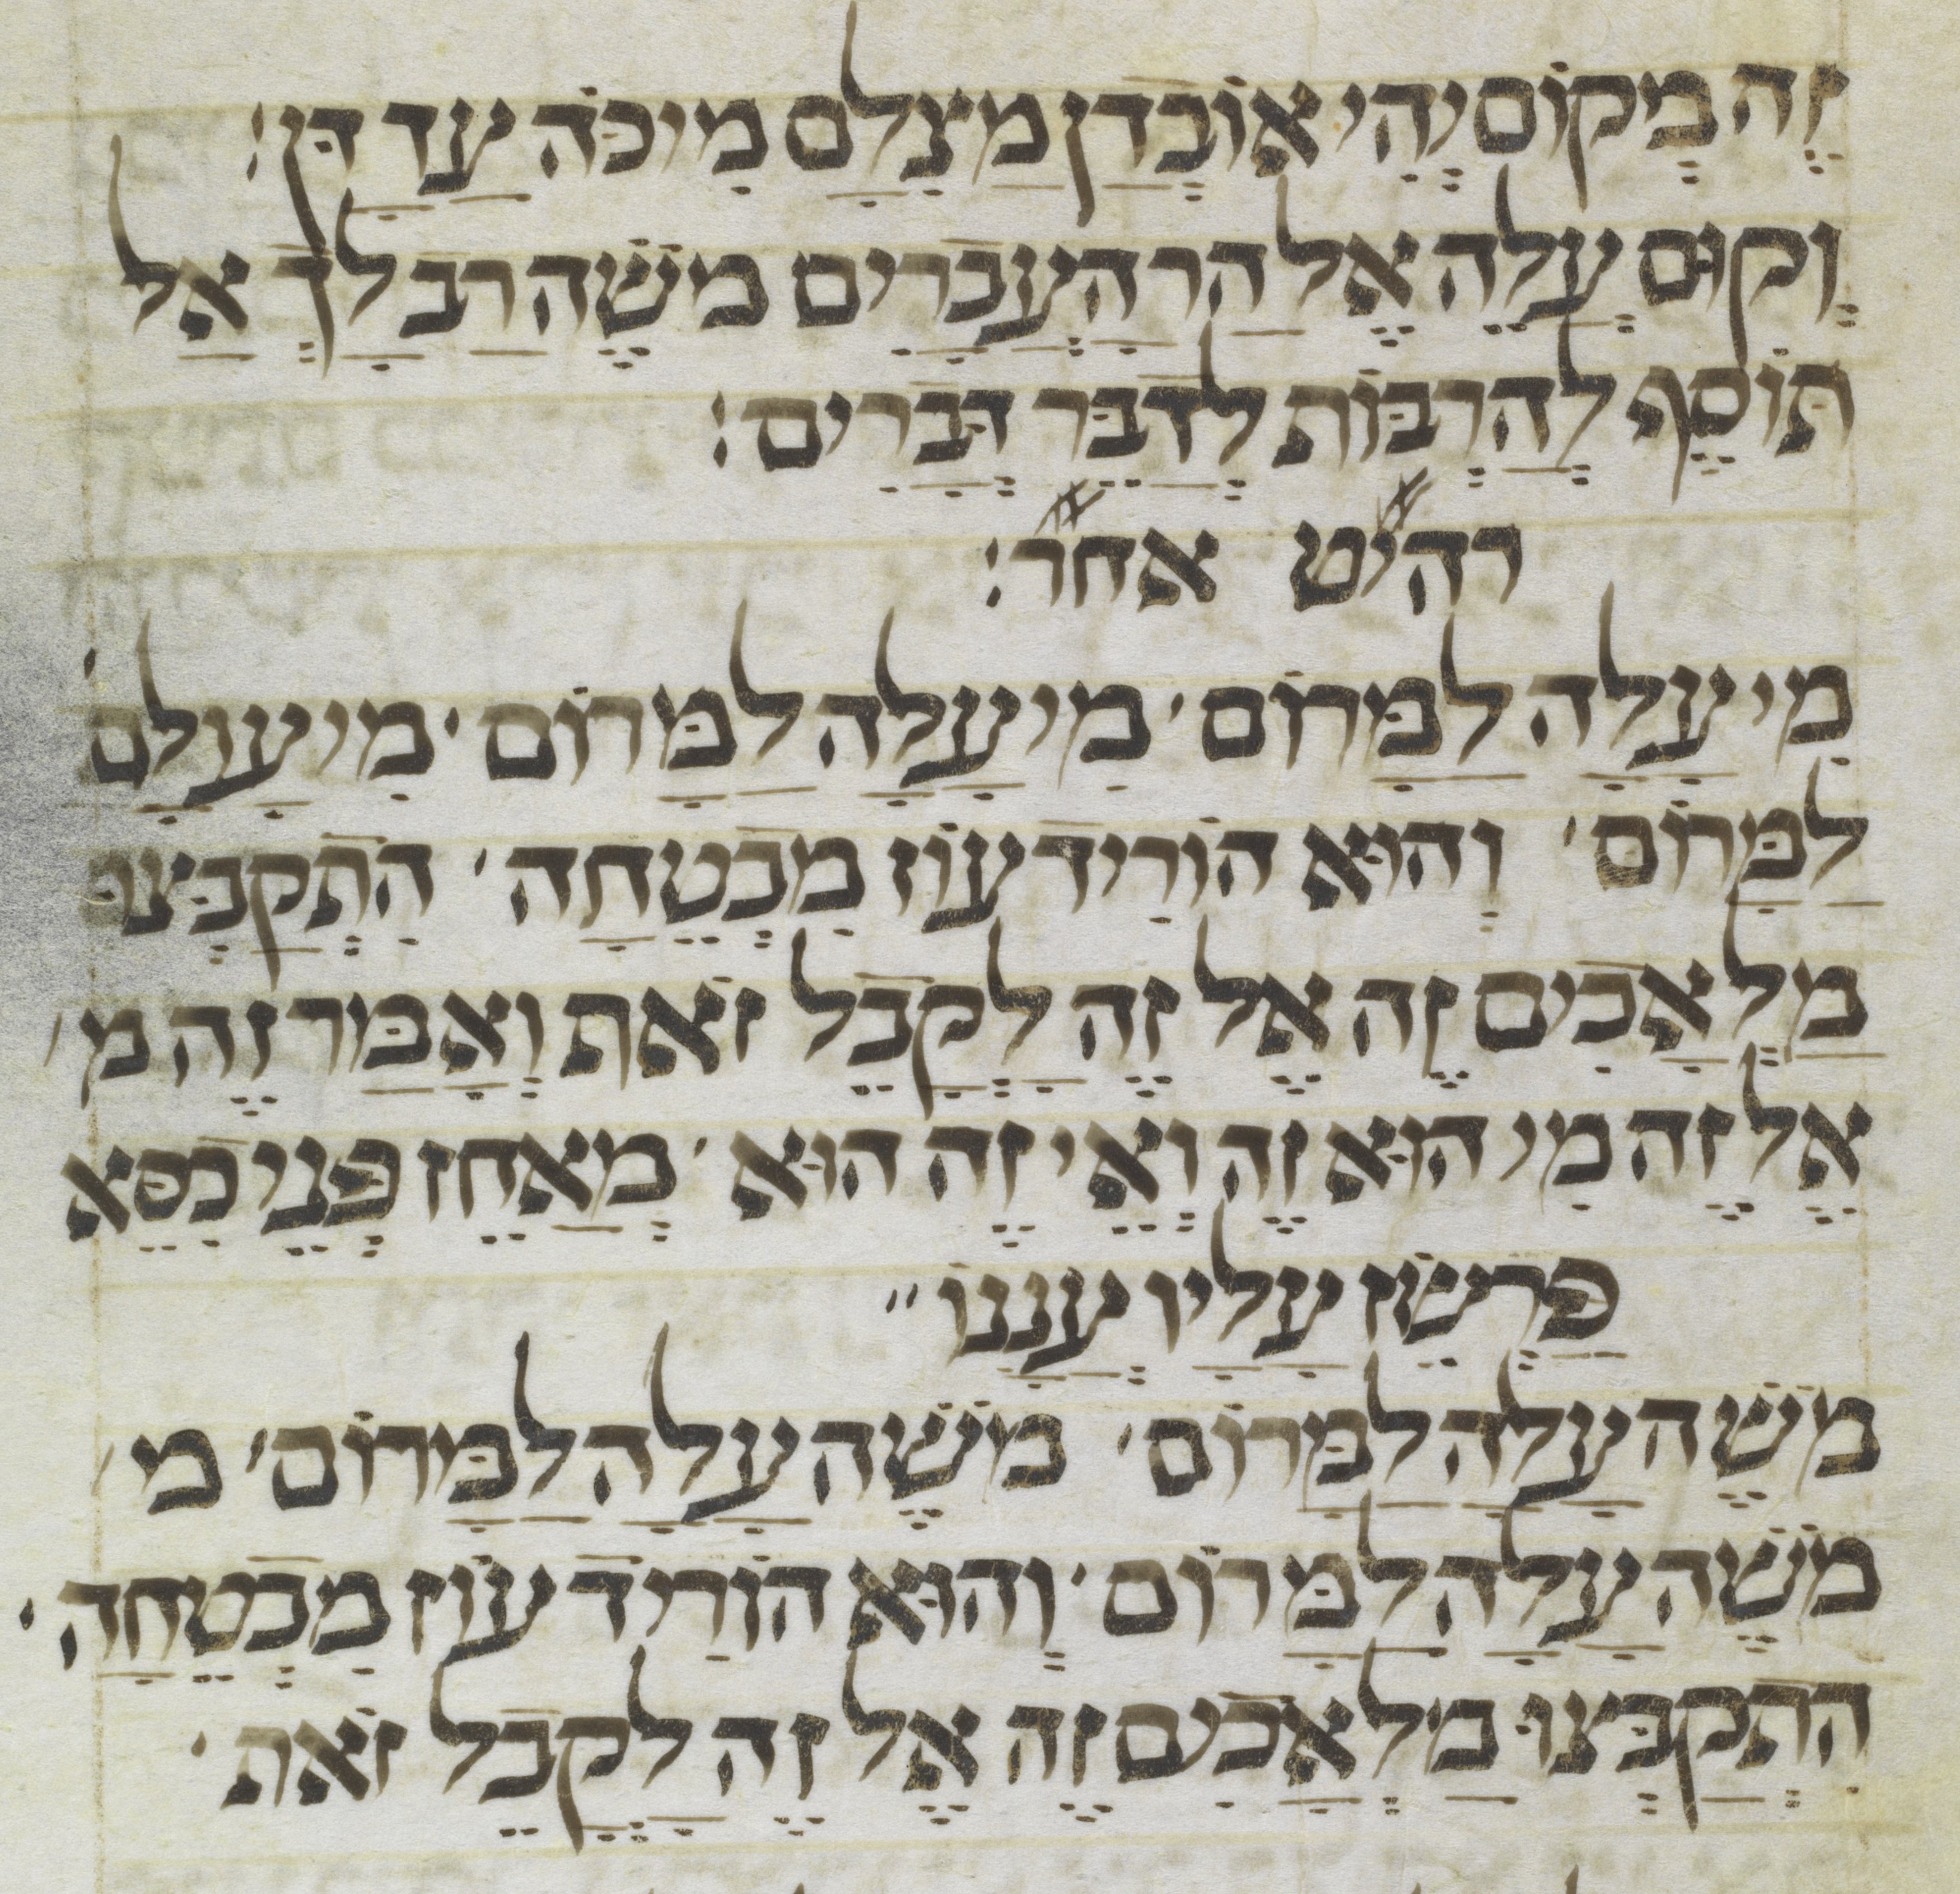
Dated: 1300–1399